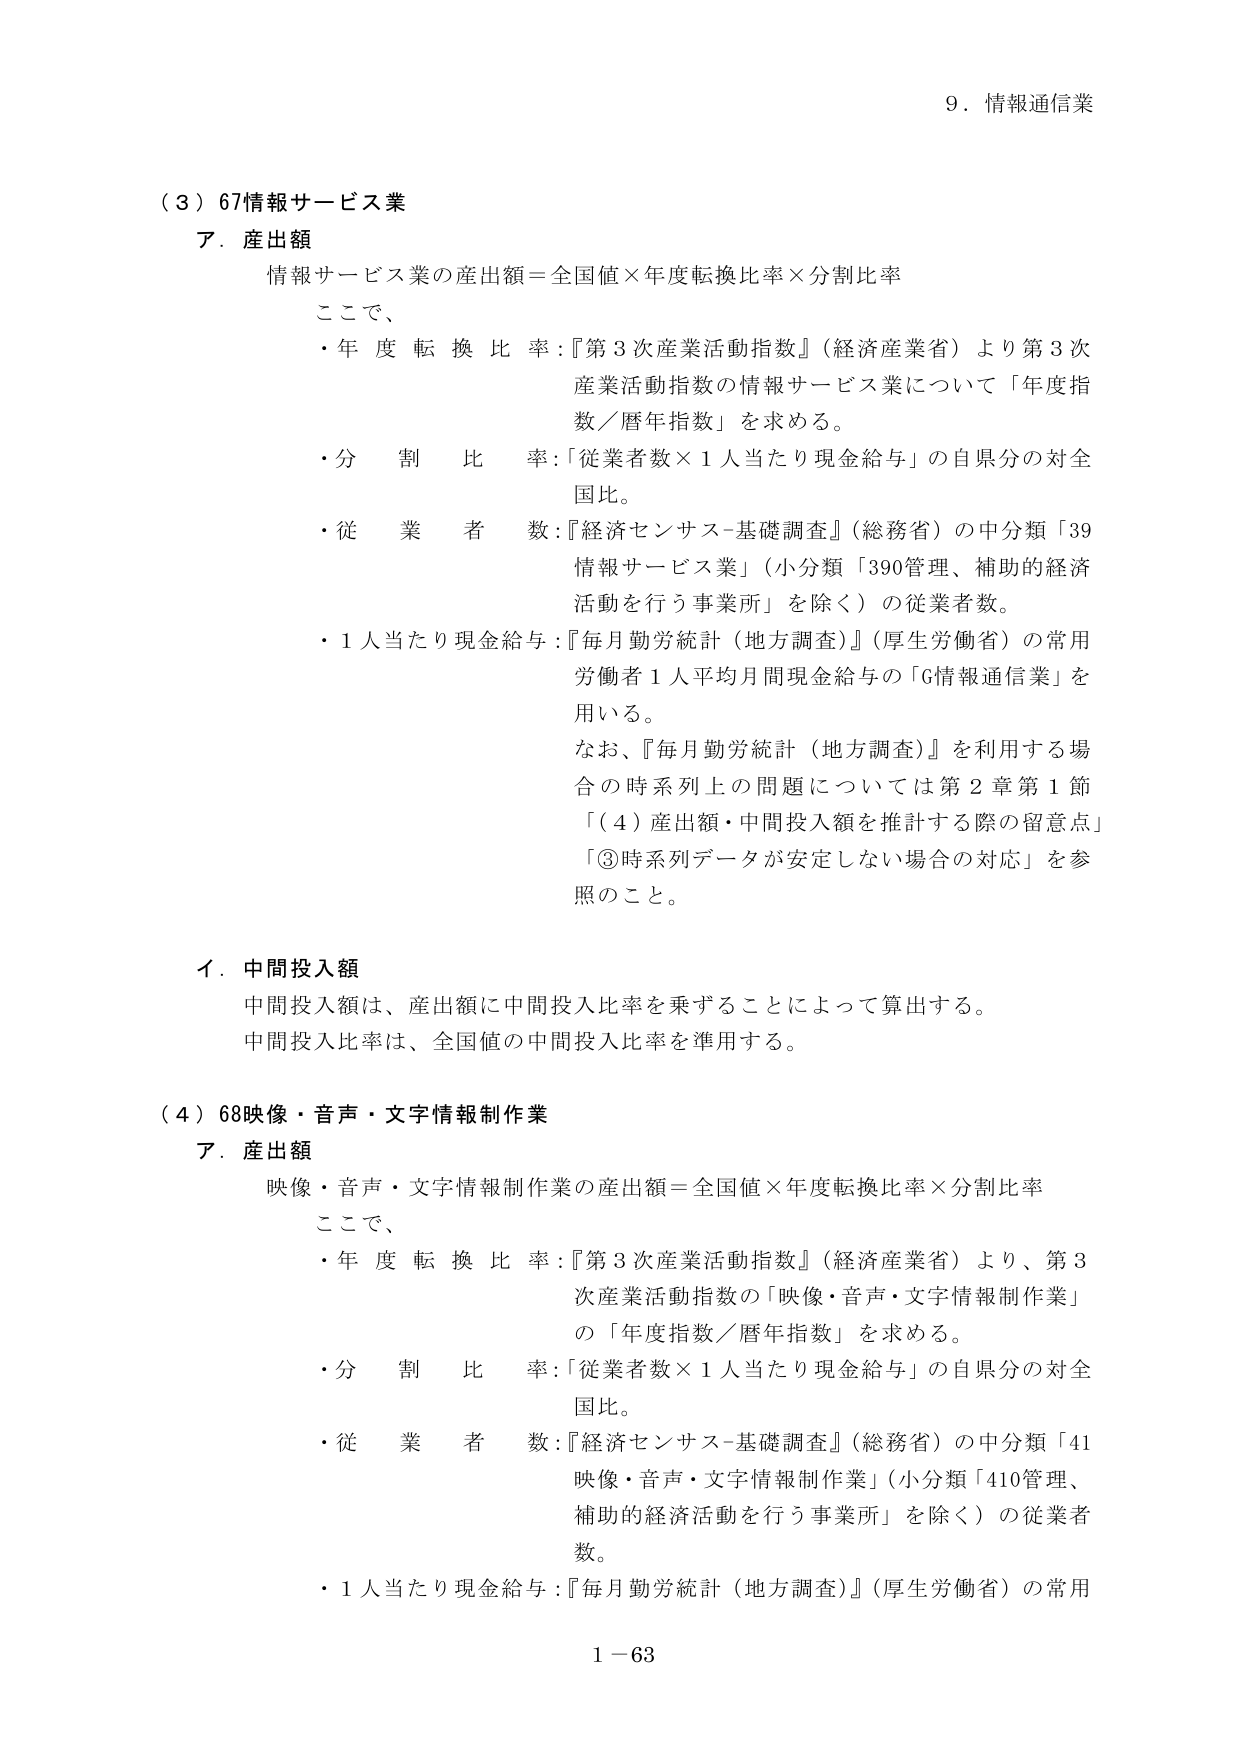
9．情報通信業

（３）67情報サービス業
ア．産出額
情報サービス業の産出額＝全国値×年度転換比率×分割比率
ここで、
・年度転換比率：『第3次産業活動指数』（経済産業省）より第3次
産業活動指数の情報サービス業について「年度指数／暦年指数」を求める。
・分割比率：「従業者数×1人当たり現金給与」の自県分の対全国比。
・従業者数：『経済センサス-基礎調査』（総務省）の中分類「39
情報サービス業」（小分類「390管理、補助的経済
活動を行う事業所」を除く）の従業者数。
・1人当たり現金給与：『毎月勤労統計（地方調査）』（厚生労働省）の常用
労働者1人平均月間現金給与の「G情報通信業」を
用いる。
なお、『毎月勤労統計（地方調査）』を利用する場合の時系列上の問題については第2章第1節
「（4）産出額・中間投入額を推計する際の留意点」
「③時系列データが安定しない場合の対応」を参照のこと。

イ．中間投入額
中間投入額は、産出額に中間投入比率を乗ずることによって算出する。
中間投入比率は、全国値の中間投入比率を準用する。

（４）68映像・音声・文字情報制作業
ア．産出額
映像・音声・文字情報制作業の産出額＝全国値×年度転換比率×分割比率
ここで、
・年度転換比率：『第3次産業活動指数』（経済産業省）より、第3
次産業活動指数の「映像・音声・文字情報制作業」
の「年度指数／暦年指数」を求める。
・分割比率：「従業者数×1人当たり現金給与」の自県分の対全国比。
・従業者数：『経済センサス-基礎調査』（総務省）の中分類「41
映像・音声・文字情報制作業」（小分類「410管理、
補助的経済活動を行う事業所」を除く）の従業者数。
・1人当たり現金給与：『毎月勤労統計（地方調査）』（厚生労働省）の常用

1－63